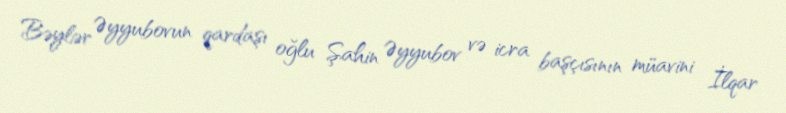
Bəylər Əyyubovun qardaşı oğlu Şahin Əyyubov və icra başçısının müavini İlqar